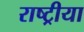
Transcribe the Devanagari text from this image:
राष्ट्रीया